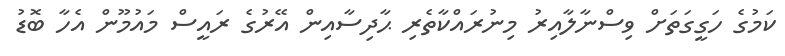
ކަމުގެ ހަގީގަތަށް ވިސްނާލާއިރު މިނުރައްކާތެރި ޙާދިސާއިން އޭރުގެ ރައީސް މައުމޫން އެހާ ބޮޑު